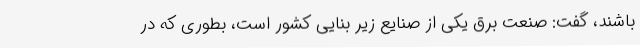
باشند، گفت: صنعت برق یکی از صنایع زیر بنایی کشور است، بطوری که در